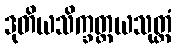
ဒုတိယသိက္ခတ္တယသုတ္တံ